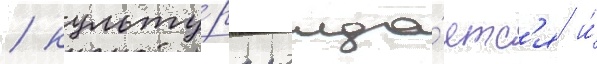
/ культу́ра рожда́етс'я и́